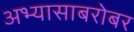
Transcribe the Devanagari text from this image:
अभ्यासाबरोबर